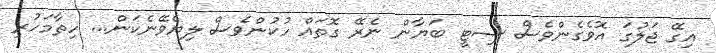
އިގޭ ޖަލުގަ އޮވެގެންވެސް ސިޓީ ބަޔާން ނެރޭ ގޮތައް ހުކުންވެސް ލިޔެވޭނެކަން... ހިތާމަހުރި